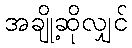
အချို့ဆိုလျှင်